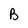
Character: B